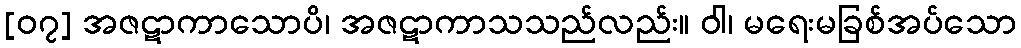
[၀၇] အဇဋာကာသောပိ၊ အဇဋာကာသသည်လည်း။ ဝါ၊ မရေးမခြစ်အပ်သော